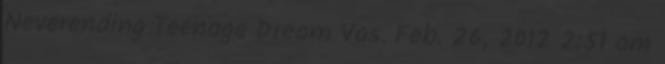
Neverending Teenage Dream Vas. Feb. 26, 2012 2:51 am